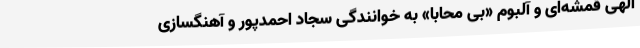
الهی قمشه‌ای و آلبوم «بی محابا» به خوانندگی سجاد احمدپور و آهنگسازی